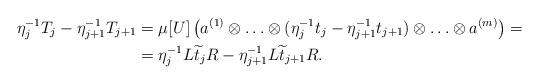
LaTeX: \begin{align*}\eta_j^{-1}T_j - \eta_{j + 1}^{-1}T_{j + 1} &= \mu[U]\left(a^{(1)}\otimes\ldots \otimes(\eta_j^{-1}t_j - \eta_{j + 1}^{-1}t_{j + 1})\otimes \ldots \otimes a^{(m)} \right) =\\&= \eta_j^{-1}L\widetilde{t}_jR - \eta_{j + 1}^{-1}L\widetilde{t}_{j + 1}R.\end{align*}